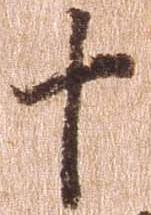
十